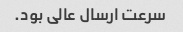
سرعت ارسال عالی بود.